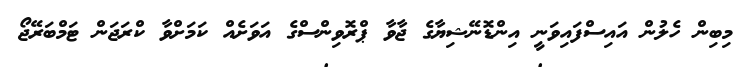
މިބިން ހެލުން އައިސްފައިވަނީ އިންޑޮނޭޝިޔާގެ ޖާވާ ޕްރޮވިންސްގެ އަވަށެއް ކަމަށްވާ ކްރަޖަން ޓަމްބަރޭޖޯ